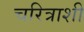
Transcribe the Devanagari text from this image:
चरित्राशी